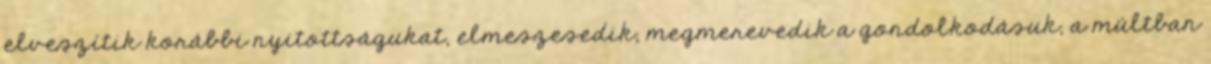
elveszítik korábbi nyitottságukat, elmeszesedik, megmerevedik a gondolkodásuk, a múltban